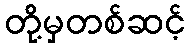
တို့မှတစ်ဆင့်